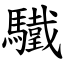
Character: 驖